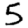
Digit: 5